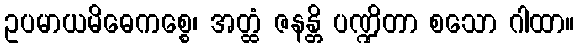
ဥပမာယမိဓေကစ္စေ၊ အတ္ထံ ဇနန္တိ ပဏ္ဍိတာ စသော ဂါထာ။